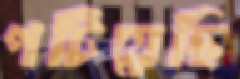
পটিয়েছি